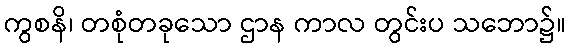
ကွစနိ၊ တစုံတခုသော ဌာန ကာလ တွင်းပ သဘော၌။